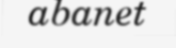
abanet